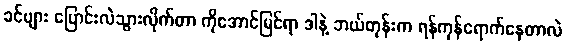
ခင်ဗျား ပြောင်းလဲသွားလိုက်တာ ကိုအောင်မြင်ရာ ဒါနဲ့ ဘယ်တုန်းက ရန်ကုန်ရောက်နေတာလဲ